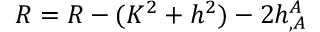
R = { \cal R } - ( K ^ { 2 } + h ^ { 2 } ) - 2 h _ { , A } ^ { A }